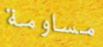
مساومة